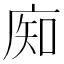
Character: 𰏺